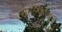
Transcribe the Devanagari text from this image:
समल्फाइड